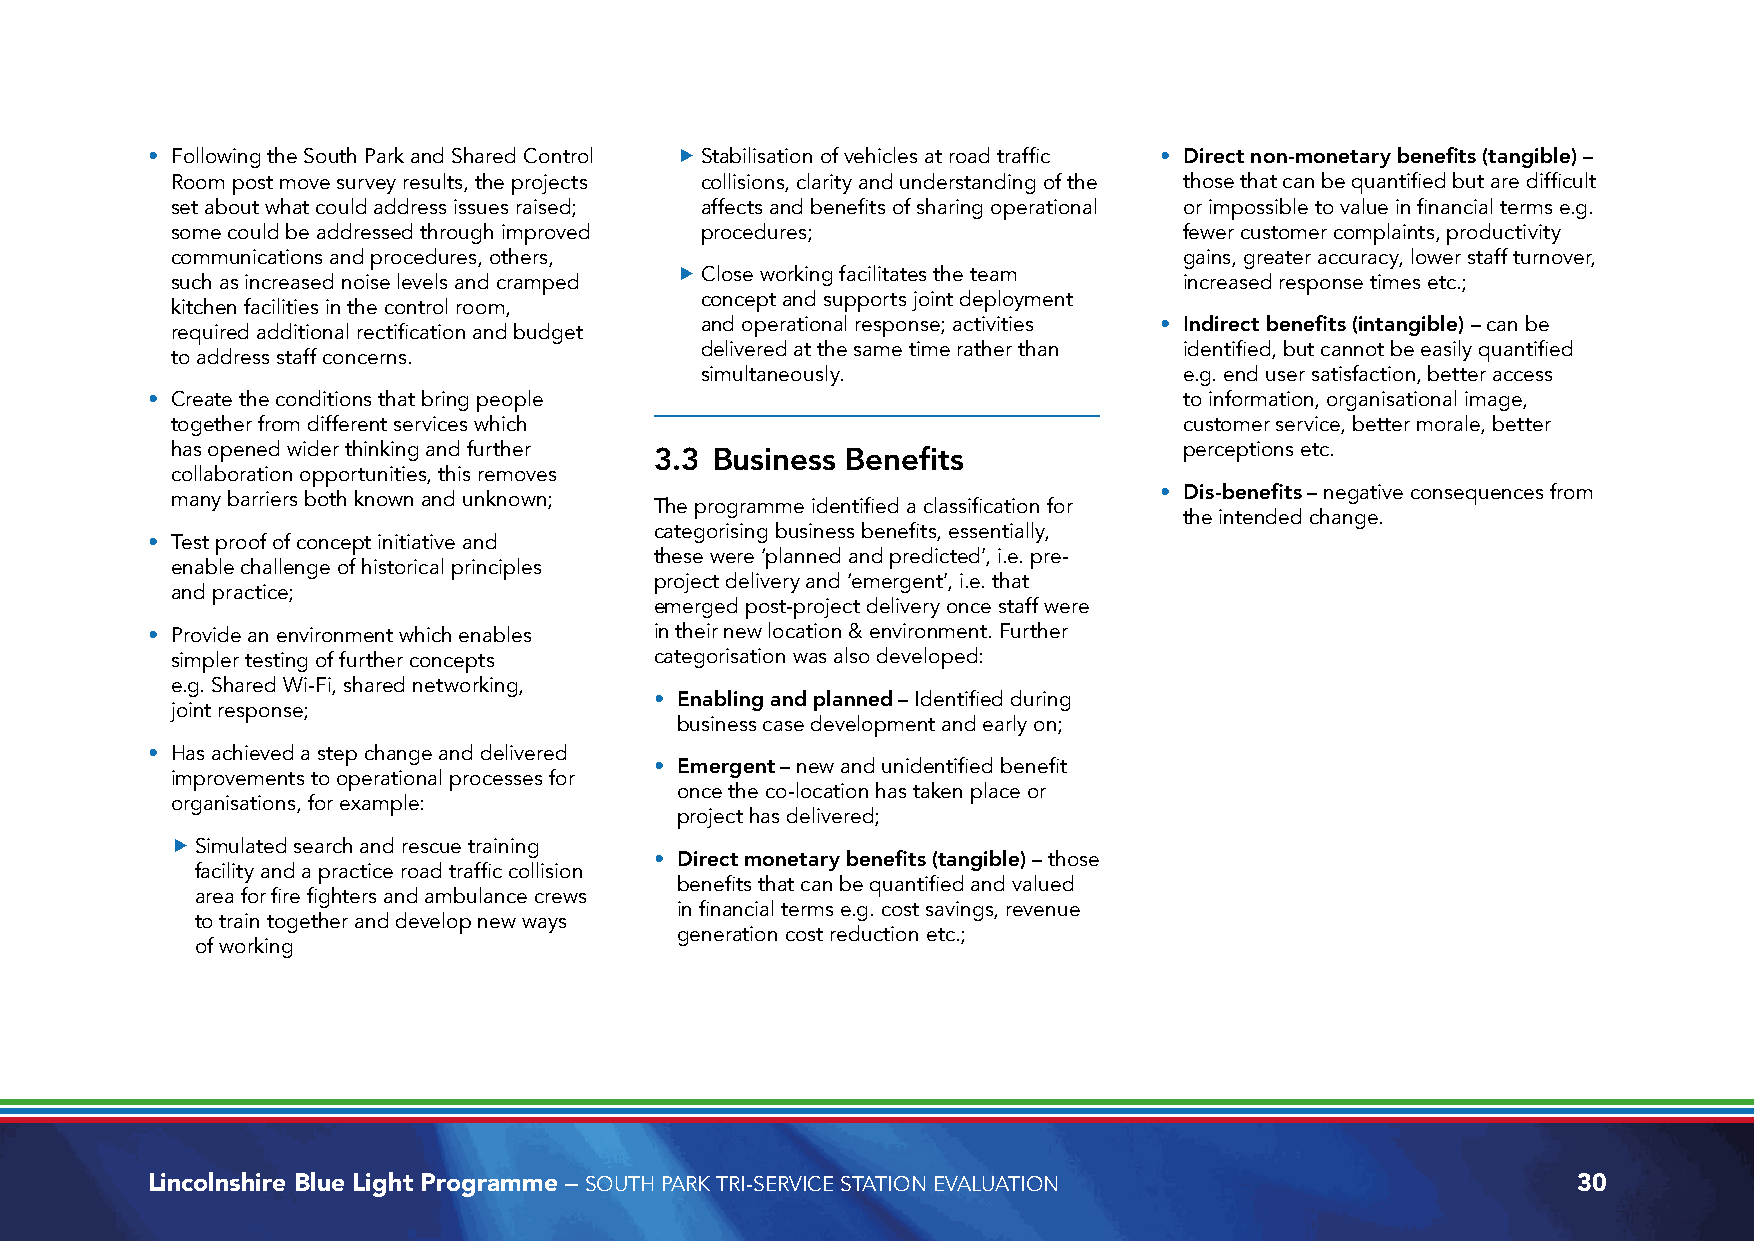
• Following the South Park and Shared Control f Stabilisation of vehicles at road traffic • Direct non-monetary benefits (tangible) –
 Room post move survey results, the projects collisions, clarity and understanding of the those that can be quantified but are difficult
 set about what could address issues raised; affects and benefits of sharing operational or impossible to value in financial terms e.g.
 some could be addressed through improved procedures;               fewer customer complaints, productivity
 communications and procedures, others,                             gains, greater accuracy, lower staff turnover,
 f Close working facilitates the team
 such as increased noise levels and cramped                         increased response times etc.;
 concept and supports joint deployment
 kitchen facilities in the control room,
 and operational response; activities • Indirect benefits (intangible) – can be
 required additional rectification and budget
 delivered at the same time rather than identified, but cannot be easily quantified
 to address staff concerns.
 simultaneously.                 e.g. end user satisfaction, better access
 • Create the conditions that bring people                           to information, organisational image,
 together from different services which                             customer service, better morale, better
 has opened wider thinking and further 3.3 Business Benefits        perceptions etc.
 collaboration opportunities, this removes
 • Dis-benefits – negative consequences from
 many barriers both known and unknown;
 The programme identified a classification for
 the intended change.
 categorising business benefits, essentially,
 • Test proof of concept initiative and
 these were ‘planned and predicted’, i.e. pre-
 enable challenge of historical principles
 project delivery and ‘emergent’, i.e. that
 and practice;
 emerged post-project delivery once staff were
 • Provide an environment which enables in their new location & environment. Further
 simpler testing of further concepts categorisation was also developed:
 e.g. Shared Wi-Fi, shared networking,
 • Enabling and planned – Identified during
 joint response;
 business case development and early on;
 • Has achieved a step change and delivered
 • Emergent – new and unidentified benefit
 improvements to operational processes for
 once the co-location has taken place or
 organisations, for example:
 project has delivered;
 f Simulated search and rescue training
 • Direct monetary benefits (tangible) – those
 facility and a practice road traffic collision
 benefits that can be quantified and valued
 area for fire fighters and ambulance crews
 in financial terms e.g. cost savings, revenue
 to train together and develop new ways
 generation cost reduction etc.;
 of working
 Lincolnshire Blue Light Programme – SOUTH PARK TRI-SERVICE STATION EVALUATION                 30